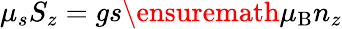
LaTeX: \mu_{s}S_{z}=gs{\ensuremath{\mu_{\mathrm{B}}}}n_{z}